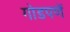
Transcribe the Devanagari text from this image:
गोडपणें